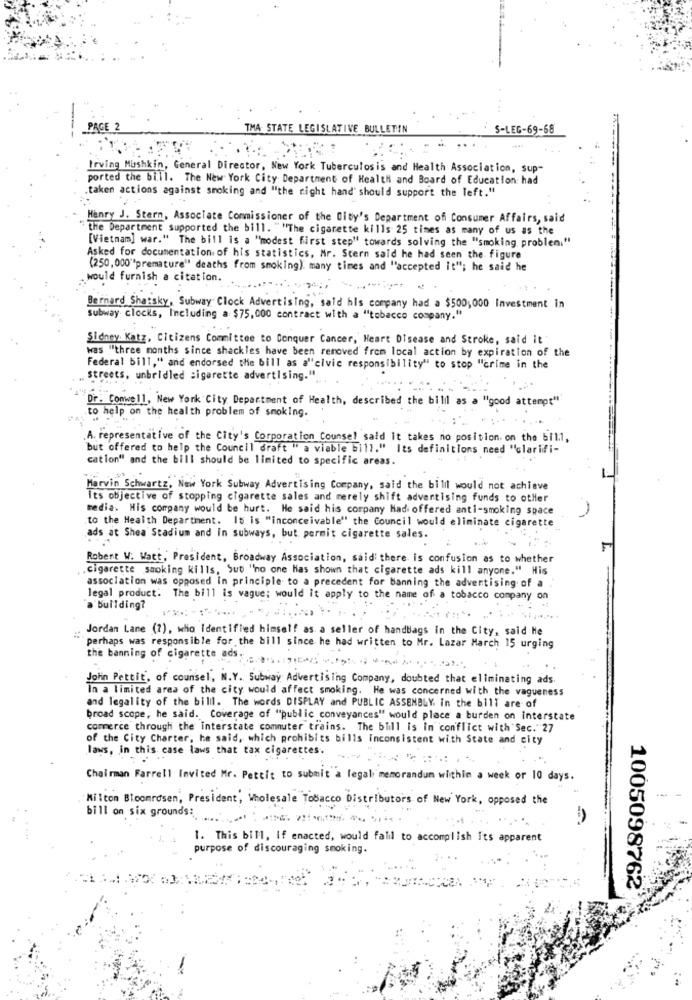
PAGE 2
TMA STATE LEGISLATIVE BULLETIN
S-LEG-69-68
Irving Mushkin, General Director, New York Tuberculosis and Health Association, sup-
ported the bill. The New York City Department of Health and Board of Education: had
taken actions against smoking and "the right hand' should support the left."
Henry J. Stern, Associate Commissioner of the City's Department of Consumer Affairs, said
the Department supported the bill. ""The cigarette kills 25 times as many of us as the
[Vietnam] war." The bill is a "modest first step" towards solving the "smoking problen."
Asked for documentation of his statistics, Mr. Stern said he had seen the figure
(250,000"premature" deaths from smoking). many times and "accepted it"; he said he
would furnish a citation.
Bernard Shatsky, Subway Clock Advertising, sald his company had a $500,000 Investment in
subway clocks, Including a $75,000 contract with a "tobacco company."
Sidney Katz, Citizens Committee to Conquer Cancer, Heart Disease and Stroke, said it
was "three months since shackles have been removed from local action by expiration of the
Federal bill," and endorsed the bill as a"civic responsibility" to stop "crime in the
streets, unbridled sigarette advertising."
Dr. Conwell, New York City Department of Health, described the billil as a "good attempt"
to help on the health problem of smoking.
A. representative of the City's Corporation Counsel said it takes no position. on the bil.1,
but offered to help the Council draft " a viable bill." Its definitions need "clarifi-
cation" and the bill should be limited to specific areas.
Marvin Schwartz, New York Subway Advertising Company, said the billl would not achieve
its objective of stopping cigarette sales and merely shift advertising funds to other
media. His company would be hurt. He said his company Had offered anti-smoking space
to the Health Department. 15 is "inconceivable" the Council would eliminate cigarette
ads at Shea Stadium and In subways, but permit cigarette sales.
Robent W. Watt, President, Broadway Association, said' there is confusion as to whether
.Cigarette smoking kills, Sut "no one Has shown that cigarette ads kill anyone." His
association was opposed in principle to a precedent for banning the advertising of a
legal product. The bill is vague; would it apply to the name of a tobacco company on
a building?
Jordan Lane (7), who Identified himself as a seller of handbags in the City, said He
perhaps was responsible for the bill since he had written to Mr. Lazar March 15 urging
the banning of cigarette ads.
John Pettit, of counsel, N.Y. Subway Advertising Company, doubted that eliminating ads
In a limited area of the city would affect smoking. He was concerned with the vagueness
and legality of the billl. The words DISPLAY and PUBLIC ASSEMBLY. in the bill are of
broad scope, he said. Coverage of "public conveyances" would place a burden on interstate
commerce through the interstate commuter trains. The bill is In conflict with Sec. 27
of the City Charter, he said, which prohibits bills inconsistent with State and city
laws, in this case laws that tax cigarettes.
Chairman Farrell Invited Mr. Pettit to submit a legal memorandum within a week or 10 days.
Milton Bloomrdsen, President, Wholesale Tobacco Distributors of New York, opposed the
bill on six grounds:
1. This bill, if enacted, would falil to accomplish its apparent
purpose of discouraging smoking.
1005098762